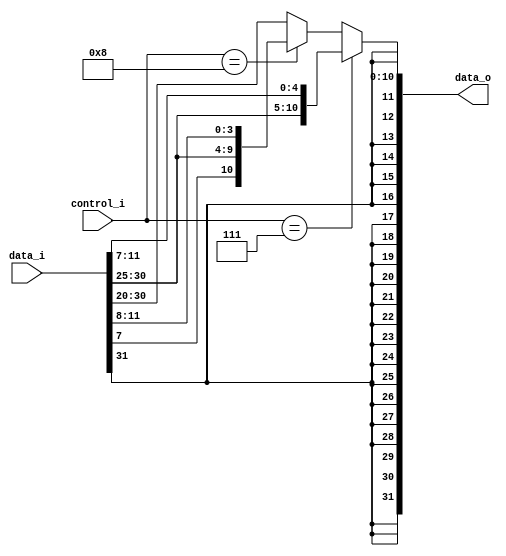
module Sign_Extend
(
	data_i,
	control_i,
	data_o
);

input	[31:0]		data_i;
input	[ 3:0]		control_i;
output	[31:0]		data_o;

wire	[11:0]		which;

assign	which		= (control_i == 4'b0111) ? {data_i[31:25], data_i[11:7]}:
					  (control_i == 4'b1000) ? {data_i[31], data_i[7], data_i[30:25], data_i[11:8]}:
					  data_i[31:20];

assign	data_o		= { {20{which[11]}}, which};

endmodule